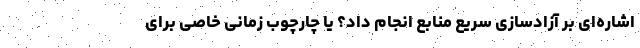
اشاره‌ای بر آزادسازی سریع منابع انجام داد؟ یا چارچوب زمانی خاصی برای